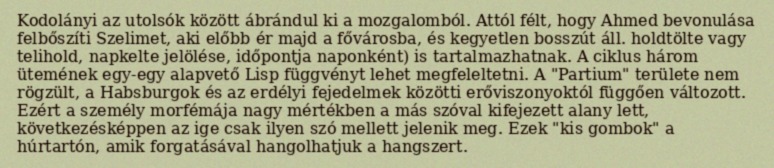
Kodolányi az utolsók között ábrándul ki a mozgalomból. Attól félt, hogy Ahmed bevonulása felbőszíti Szelimet, aki előbb ér majd a fővárosba, és kegyetlen bosszút áll. holdtölte vagy telihold, napkelte jelölése, időpontja naponként) is tartalmazhatnak. A ciklus három ütemének egy-egy alapvető Lisp függvényt lehet megfeleltetni. A "Partium" területe nem rögzült, a Habsburgok és az erdélyi fejedelmek közötti erőviszonyoktól függően változott. Ezért a személy morfémája nagy mértékben a más szóval kifejezett alany lett, következésképpen az ige csak ilyen szó mellett jelenik meg. Ezek "kis gombok" a húrtartón, amik forgatásával hangolhatjuk a hangszert.